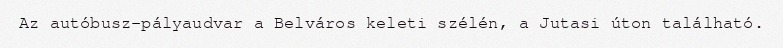
Az autóbusz-pályaudvar a Belváros keleti szélén, a Jutasi úton található.